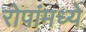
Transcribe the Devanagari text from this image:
रोपांमध्ये